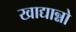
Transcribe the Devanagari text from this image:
खाद्यान्नो